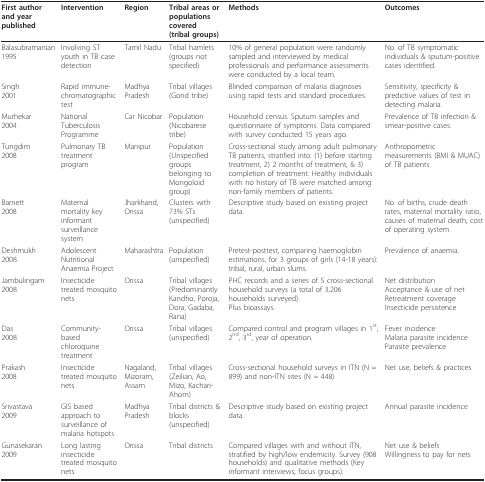
| First author and year published | Intervention | Region | Tribal areas or populations covered(tribal groups) | Methods | Outcomes |
 | --- | --- | --- | --- | --- | --- |
 | Balasubramanian1995 | Involving ST youth in TB case detection | Tamil Nadu | Tribal hamlets(groups not specified) | 10% of general population were randomly sampled and interviewed by medical professionals and performance assessments were conducted by a local team. | No. of TB symptomatic individuals & sputum-positive cases identified. |
 | Singh2001 | Rapid immune-chromatographic test | Madhya Pradesh | Tribal villages (Gond tribe) | Blinded comparison of malaria diagnoses using rapid tests and standard procedures. | Sensitivity, specificity & predictive values of test in detecting malaria. |
 | Murhekar2004 | National Tuberculosis Programme | Car Nicobar | Population(Nicobarese tribe) | Household census. Sputum samples and questionnaire of symptoms. Data compared with survey conducted 15 years ago. | Prevalence of TB infection & smear-positive cases. |
 | Tungdim2008 | Pulmonary TB treatment program | Manipur | Population(Unspecified groups belonging to Mongoloid group) | Cross-sectional study among adult pulmonary TB patients, stratified into: (1) before starting treatment, 2) 2 months of treatment, & 3) completion of treatment. Healthy individuals with no history of TB were matched among non-family members of patients. | Anthropometric measurements (BMI & MUAC) of TB patients. |
 | Barnett2008 | Maternal mortality key informant surveillance system | Jharkhand, Orissa | Clusters with 73% STs(unspecified) | Descriptive study based on existing project data. | No. of births, crude death rates, maternal mortality ratio, causes of maternal death, cost of operating system. |
 | Deshmukh2008 | Adolescent Nutritional Anaemia Project | Maharashtra | Population(unspecified) | Pretest-posttest, comparing haemoglobin estimations, for 3 groups of girls (14-18 years): tribal, rural, urban slums. | Prevalence of anaemia. |
 | Jambulingam2008 | Insecticide treated mosquito nets | Orissa | Tribal villages(Predominantly Kandho, Poroja, Dora, Gadaba, Rana) | PHC records and a series of 5 cross-sectional household surveys (a total of 3,206 households surveyed).Plus bioassays. | Net distributionAcceptance & use of netRetreatment coverageInsecticide persistence |
 | Das2008 | Community-based chloroquine treatment | Orissa | Tribal villages(unspecified) | Compared control and program villages in 1st, 2nd, 3rd, year of operation. | Fever incidenceMalaria parasite incidenceParasite prevalence |
 | Prakash2008 | Insecticide treated mosquito nets | Nagaland, Mizoram, Assam | Tribal villages(Zeilian, Ao, Mizo, Kachari-Ahom) | Cross-sectional household surveys in ITN (N = 899) and non-ITN sites (N = 448) | Net use, beliefs & practices |
 | Srivastava2009 | GIS based approach to surveillance of malaria hotspots | Madhya Pradesh | Tribal districts & blocks(unspecified) | Descriptive study based on existing project data. | Annual parasite incidence |
 | Gunasekaran2009 | Long lasting insecticide treated mosquito nets | Orissa | Tribal districts | Compared villages with and without ITN, stratified by high/low endemicity. Survey (908 households) and qualitative methods (Key informant interviews, focus groups). | Net use & beliefsWillingness to pay for nets |